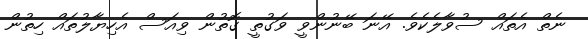
ނެތް އެތައް ސުވާލެކެވެ. އޭނަ ބޭނުންވީ ވަގުތީ ގޮތުން ވިއަސް އެހިޔާލުތައް ހިތުން